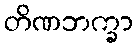
တိဏဘက္ခာ